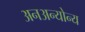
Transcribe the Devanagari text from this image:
अनअन्‍योन्‍य